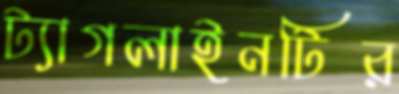
ট্যাগলাইনটির